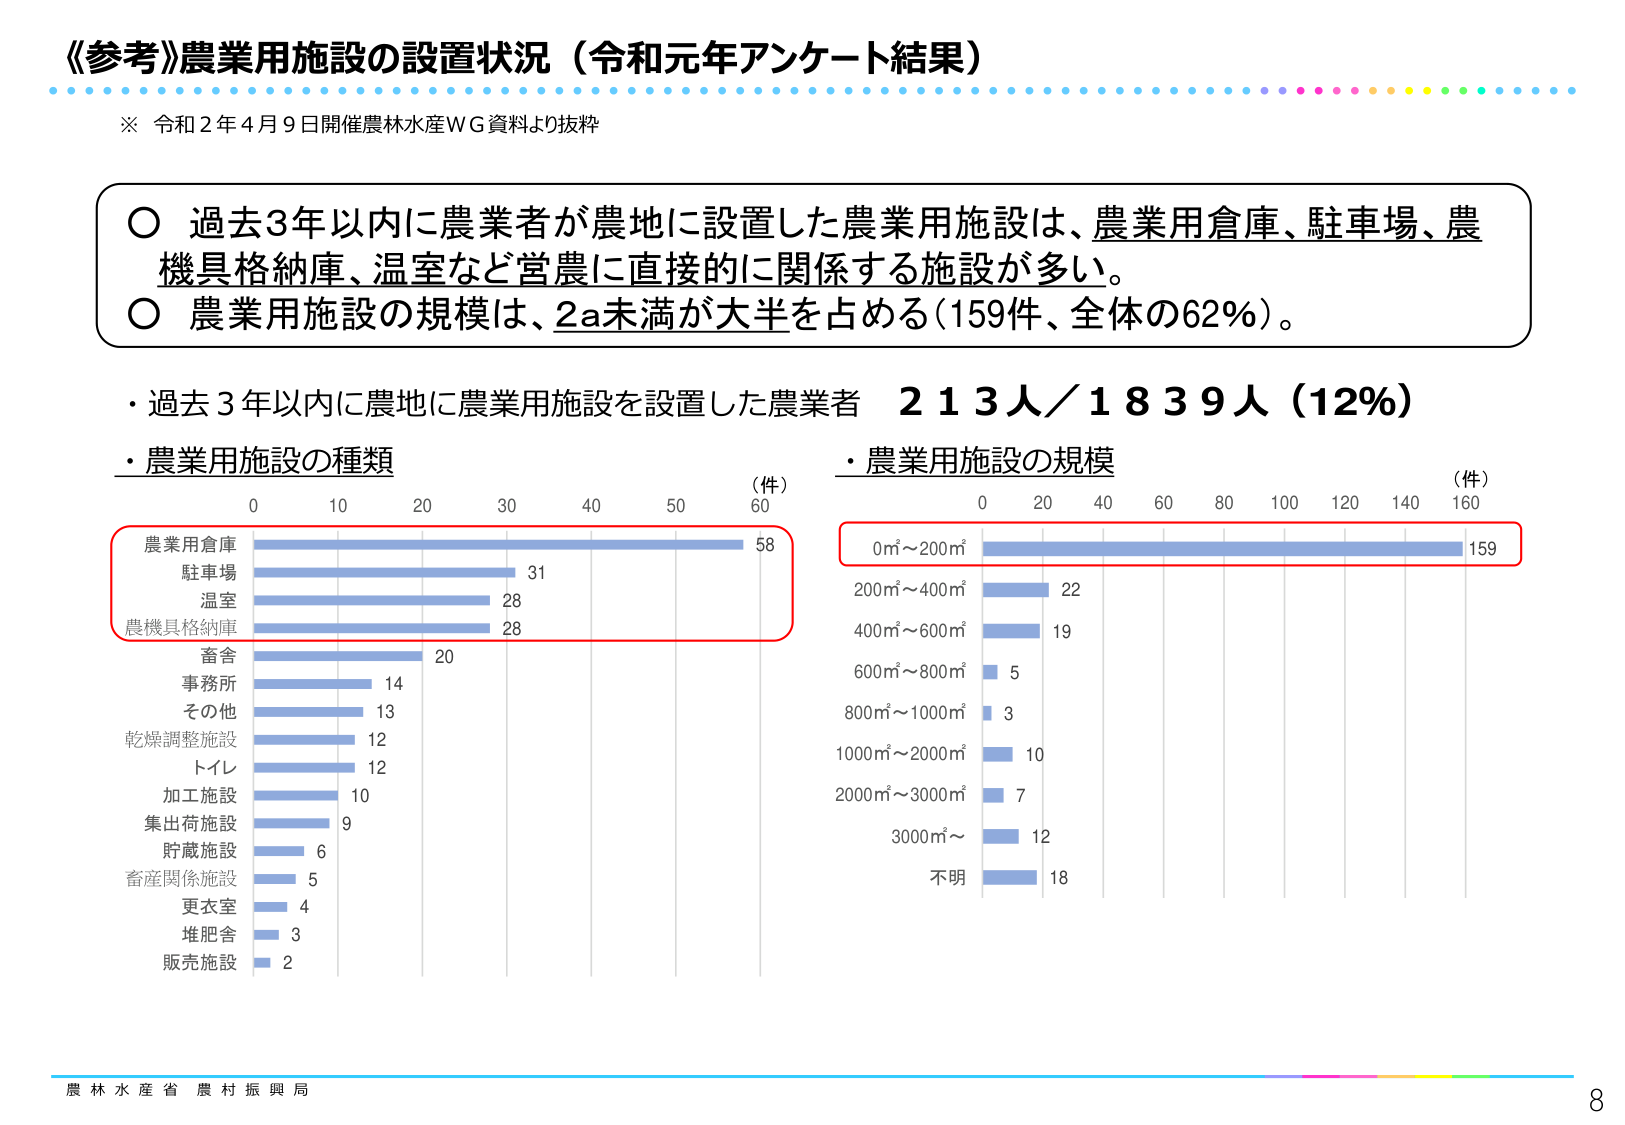
《参考》農業用施設の設置状況（令和元年アンケート結果）

※ 令和2年4月9日開催農林水産WG資料より抜粋

○ 過去3年以内に農業者が農地に設置した農業用施設は、農業用倉庫、駐車場、農機具格納庫、温室など営農に直接的に関係する施設が多い。
○ 農業用施設の規模は、2a未満が大半を占める（159件、全体の62％）。

・過去3年以内に農地に農業用施設を設置した農業者 213人／1839人（12％）

・農業用施設の種類
（件）
0 10 20 30 40 50 60
農業用倉庫 58
駐車場 31
温室 28
農機具格納庫 28
畜舎 20
事務所 14
その他 13
乾燥調整施設 12
トイレ 12
加工施設 10
集出荷施設 9
貯蔵施設 6
畜産関係施設 5
更衣室 4
堆肥舎 3
販売施設 2

・農業用施設の規模
（件）
0 20 40 60 80 100 120 140 160
0㎡～200㎡ 159
200㎡～400㎡ 22
400㎡～600㎡ 19
600㎡～800㎡ 5
800㎡～1000㎡ 3
1000㎡～2000㎡ 10
2000㎡～3000㎡ 7
3000㎡～ 12
不明 18

農林水産省 農村振興局
8